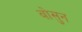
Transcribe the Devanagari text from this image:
बोसुन